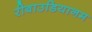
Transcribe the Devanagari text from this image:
रीबाउडियानम